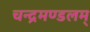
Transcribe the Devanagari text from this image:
चन्द्रमण्डलम्